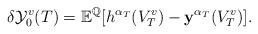
LaTeX: \begin{align*}\delta\mathcal{Y}_0^{v}(T)=\mathbb{E}^{\mathbb{Q}}[h^{\alpha_T}(V_T^v)-\mathbf{y}^{\alpha_T}(V_T^{v})].\end{align*}